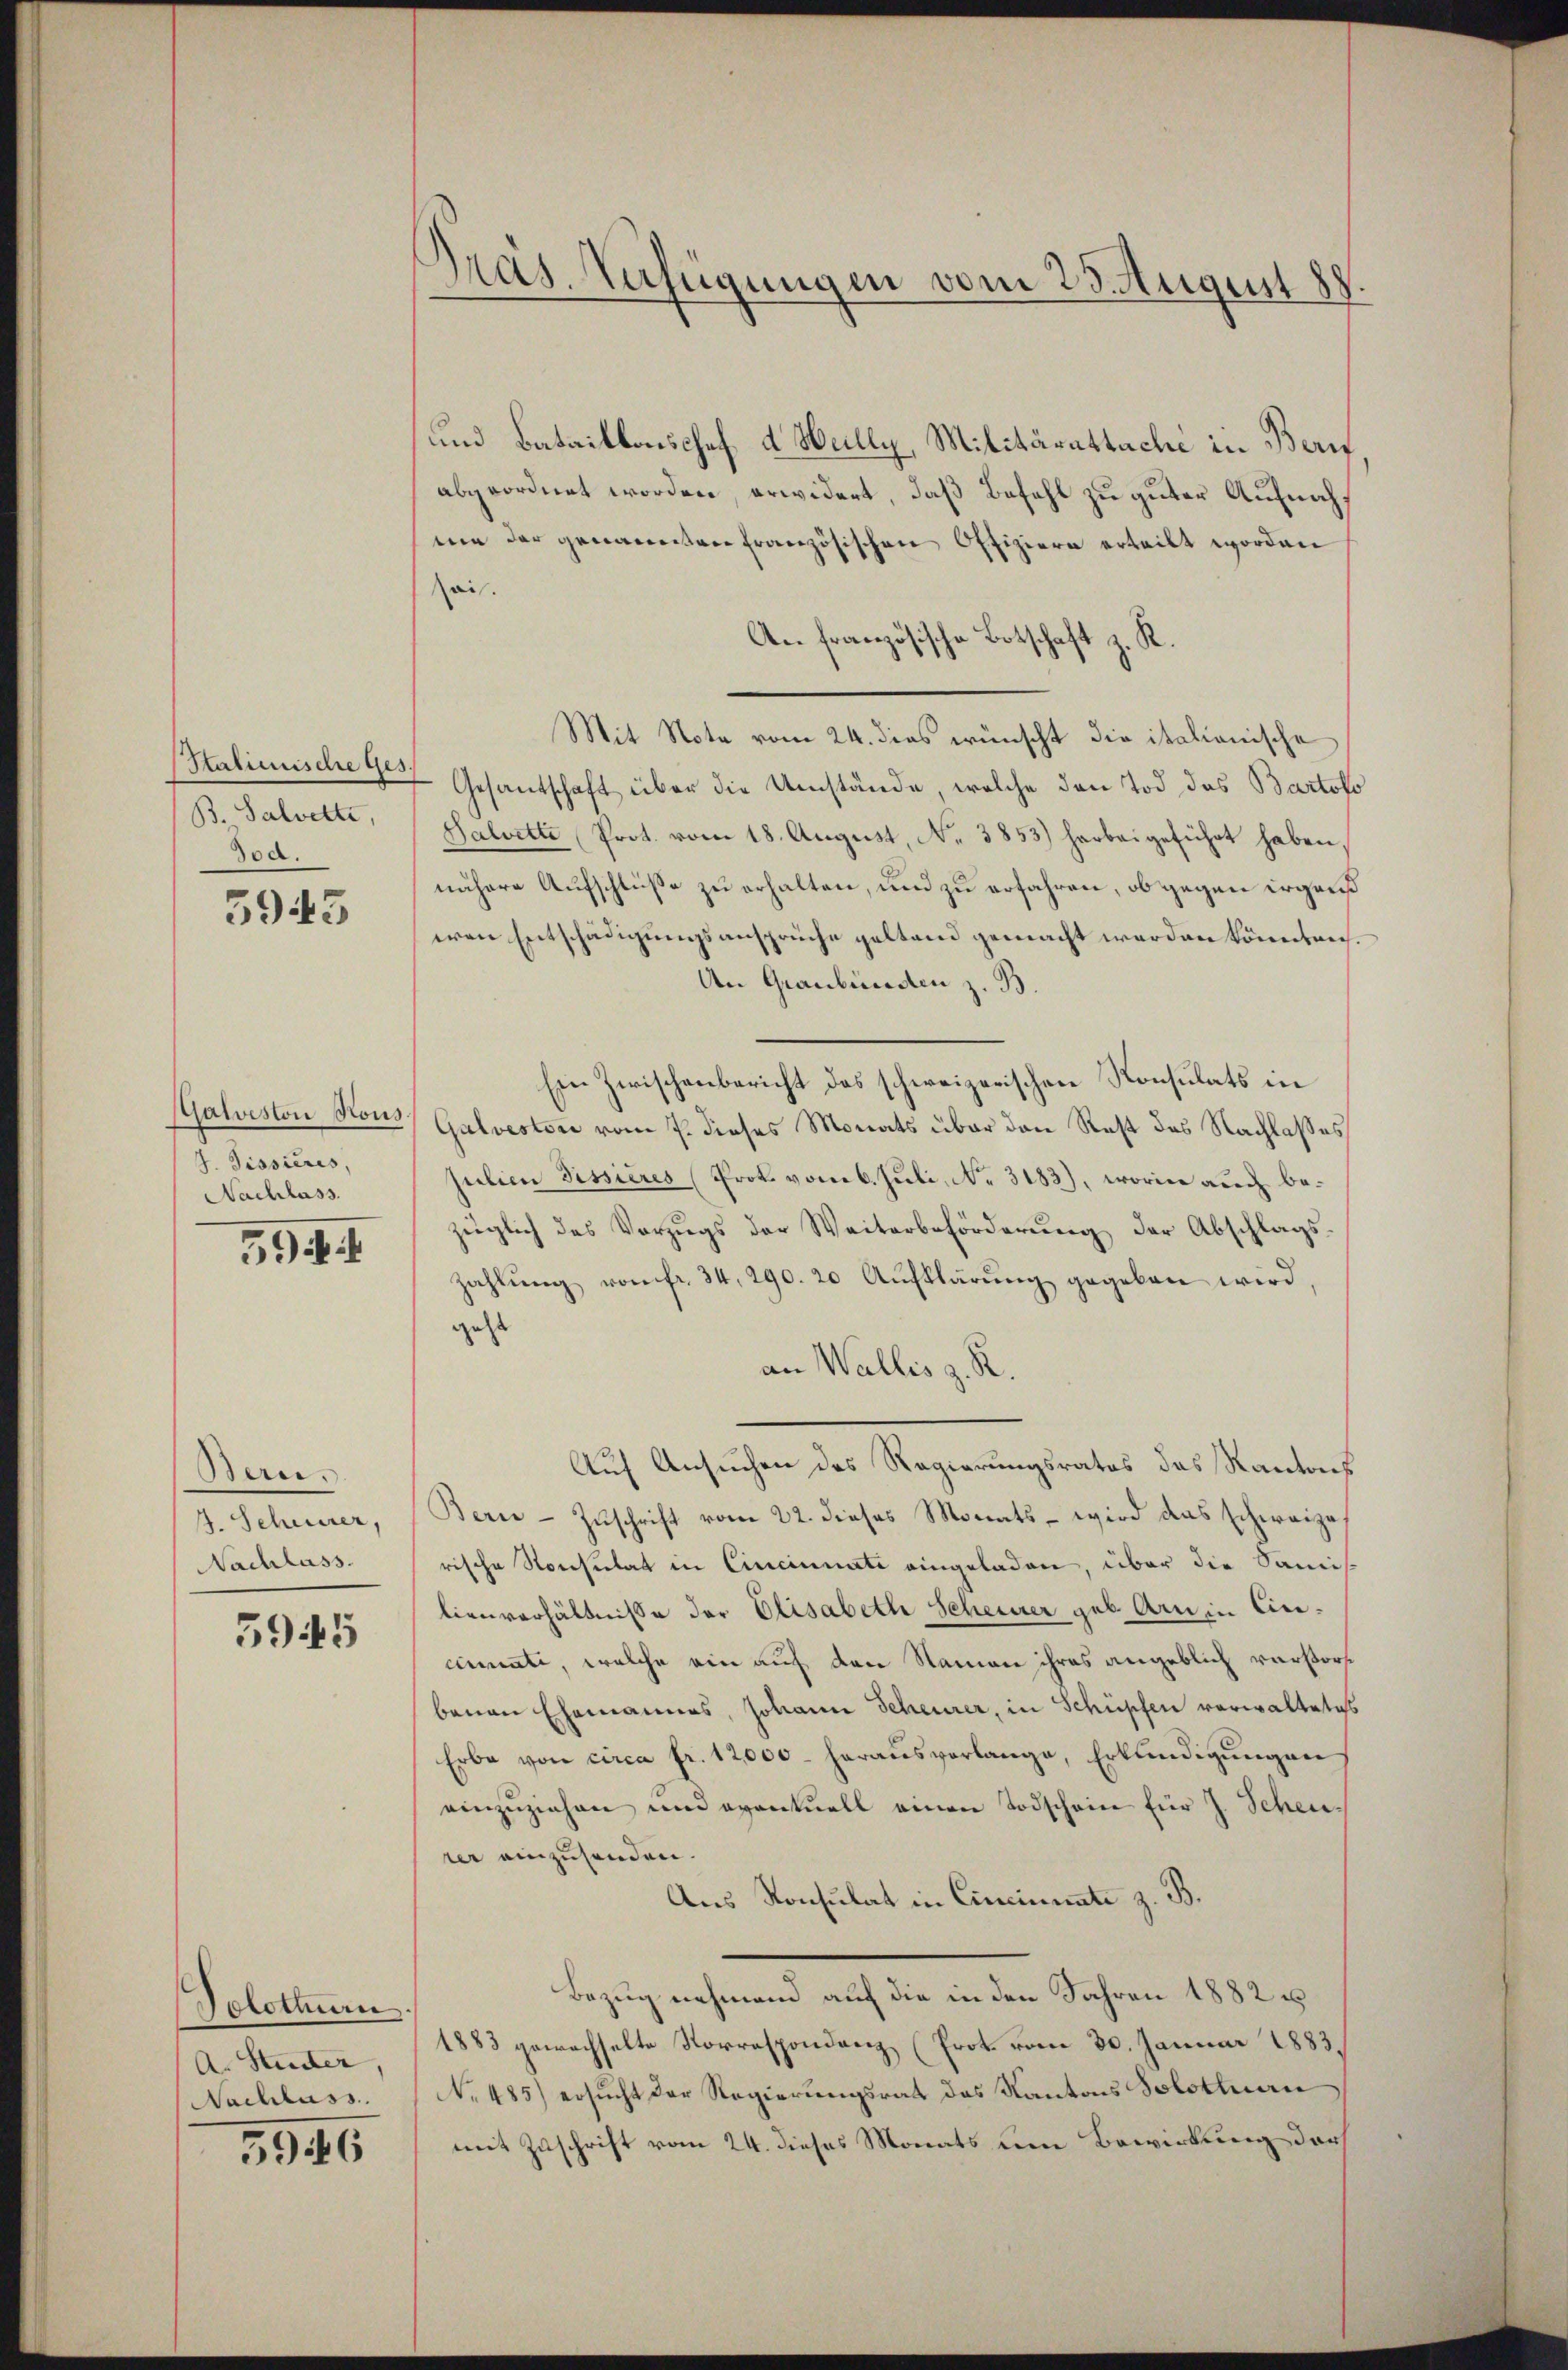
Stalienische Ges.
B. Salverte,
od.

5943

Palveston Hous
J. Tessieres,
Nachlass

594

Bern.
4. Scheuerer,
Nachlass.

5945

Solothurn.
A. Studer,
Nachlass

3946

Präs. Verfügungen vom 25. August 88.

und Bataillonischef d. Hully, Militärattache in Beri
abgeordnet worden, erwidert, daß Befehl zu guter Aufnahme der genannten Französischen Offiziere erteilt worden
ai.
An französische Botschaft z. R.
Mit Note vom 24. dies wünscht die italienische
Gesandschaft über die Umstände, welche den Tod des Bartofo
Salvette Prot. vom 18. August, No. 3853) harbeigeführt haben.
nähere Aufschlüße zu erhalten, und zu erfahren, ob gegen ergans
wen Entschädigungsansprüche geltend gemacht werden könnten.
An Graubünden z. B.
Ein Zwischenbericht des schweizerischen Konsulats in
Galvestori vom 7. dieses Monats über den Rest des Nachlaßes
sulien Sissieres (Prok. vom 6. Juli, No. 3183), worin auch bezüglich des Vorzugs der Weiterbehörderŭng der Abschlags-
zahlŭng vom fr. 34, 290. 20 Aufklärŭng gegeben wird,
geste
an Wallis z. R.
Auf Ansuchen des Regierungsrates des Kantons
Berne- Zŭschrift vom 22. dieses Monats - wird das schweize,
rische Nonsulat in Cincinnate eingeladen, über die Samislienverhältnisse der Elisabeth Scheuerer geb. Arn in Circinnate, welche ein auf den Namen ihres angeblich verfors
benen Ehemannes, Johann Scheurer, in Schüpfen vorwaltetes
Erbe von circa fr. 12,000 herausverlange, Erkundigungen
einzuziehen und eventuell einen Todschein für J. Scheurer einzusenden.
Aus Konsulat in Cincinnate z. B.
Bezug nehmend auf die in den Jahren 1882 u
1883 gewachselte Korrespondenz (Prot vom 30. Januar 1883.
No 485) ersucht der Regierungsrat das Kantons Solottan
mit Zuschrift vom 24. dieses Monats um Bewirkung der